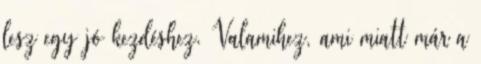
lesz egy jó kezdéshez. Valamihez, ami miatt már a